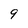
Character: 9